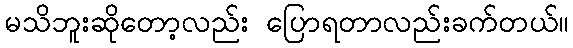
မသိဘူးဆိုတော့လည်း ပြောရတာလည်းခက်တယ်။